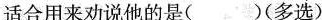
适合用来劝说他的是()(多选)